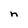
Character: n